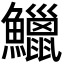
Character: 鱲